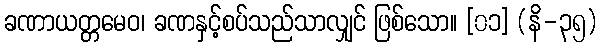
ခဏာယတ္တမေဝ၊ ခဏနှင့်စပ်သည်သာလျှင် ဖြစ်သော။ [၀၁] (နိ-၃၅)